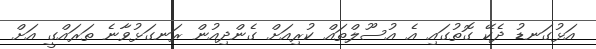
އަޅުގަނޑު ދެކޭ ގޮތުގައި އެ އުސޫލްތައް ކުރިއަށް ގެންދިއުން ރަނގަޅުވާނެ ތަރައްގީ އަށް